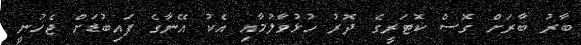
ބާރު ބާރަށް ގޮސް ކޮޓަރީގެ ދޮރު ހުޅުވާލުމާއި އެކު އޭނާގެ ފައިބުޑަށް ޖެހުނީ